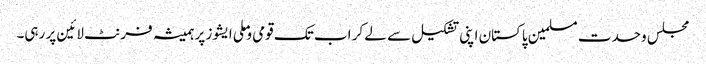
مجلس وحدت مسلمین پاکستان اپنی تشکیل سے لے کر اب تک قومی و ملی ایشوز پر ہمیشہ فرنٹ لائین پر رہی۔